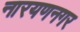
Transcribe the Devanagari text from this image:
नारयणनगर